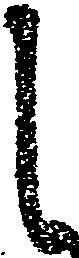
し